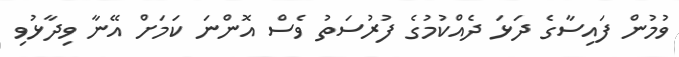
ވުމުން ފައިސާގެ ދަޅަ ދެއްކުމުގެ ފުރުސަތު ވެސް އޮންނަ ކަމަށް އޭނާ ވިދާޅުވި